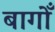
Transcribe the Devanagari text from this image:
बागोँ